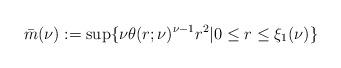
LaTeX: \begin{align*}\bar{m}(\nu):=\sup\{ \nu\theta(r;\nu)^{\nu-1}r^2 | 0\leq r\leq \xi_1(\nu)\} \end{align*}